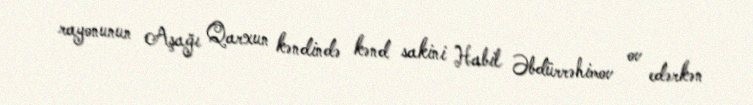
rayonunun Aşağı Qarxun kəndində kənd sakini Habil Əbdürrəhimov ov edərkən